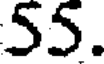
55.